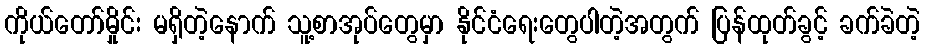
ကိုယ်တော်မှိုင်း မရှိတဲ့နောက် သူ့စာအုပ်တွေမှာ နိုင်ငံရေးတွေပါတဲ့အတွက် ပြန်ထုတ်ခွင့် ခက်ခဲတဲ့